Annual administration report of the Civil Veterinary Department of India - 1909-1910
Year: 1909
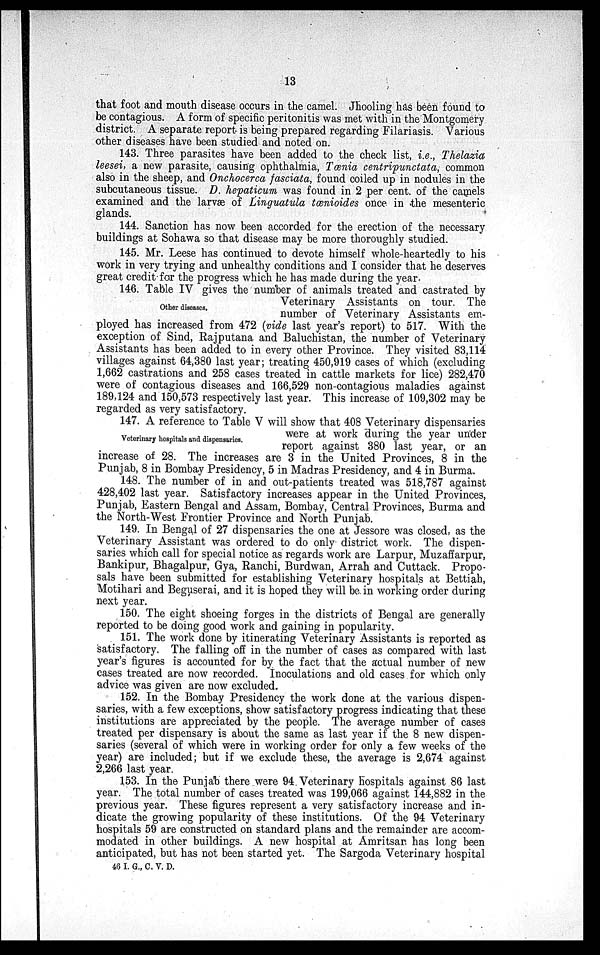
13
that foot and mouth disease occurs in the camel. Jhooling has been found to
be contagious. A form of specific peritonitis was met with in the Montgomery
district. A separate report is being prepared regarding Filariasis. Various
other diseases have been studied and noted on.
143. Three parasites have been added to the check list, i.e., Thelazia
leesei, a new parasite, causing ophthalmia, Tœnia centripunctata, common
also in the sheep, and Onchocerca fasciata, found coiled up in nodules in the
subcutaneous tissue. D. hepaticum was found in 2 per cent. of the camels
examined and the larvæ of Linguatula tœnioides once in the mesenteric
glands.
144. Sanction has now been accorded for the erection of the necessary
buildings at Sohawa so that disease may be more thoroughly studied.
145. Mr. Leese has continued to devote himself whole-heartedly to his
work in very trying and unhealthy conditions and I consider that he deserves
great credit for the progress which he has made during the year.
146. Table IV gives the number of animals treated and castrated by
Veterinary Assistants on tour. The
number of Veterinary Assistants em-
ployed has increased from 472 (vide last year's report) to 517. With the
exception of Sind, Rajputana and Baluchistan, the number of Veterinary
Assistants has been added to in every other Province. They visited 83,114
villages against 64,380 last year; treating 450,919 cases of which (excluding
1,662 castrations and 258 cases treated in cattle markets for lice) 282,470
were of contagious diseases and 166,529 non-contagious maladies against
189,124 and 150,573 respectively last year. This increase of 109,302 may be
regarded as very satisfactory.
Other diseases.
147. A reference to Table V will show that 408 Veterinary dispensaries
were at work during the year under
report against 380 last year, or an
increase of 28. The increases are 3 in the United Provinces, 8 in the
Punjab, 8 in Bombay Presidency, 5 in Madras Presidency, and 4 in Burma.
148. The number of in and out-patients treated was 518,787 against
428,402 last year. Satisfactory increases appear in the United Provinces,
Punjab, Eastern Bengal and Assam, Bombay, Central Provinces, Burma and
the North-West Frontier Province and North Punjab.
Veterinary hospitals and dispensaries.
149. In Bengal of 27 dispensaries the one at Jessore was closed, as the
Veterinary Assistant was ordered to do only district work. The dispen-
saries which call for special notice as regards work are Larpur, Muzaffarpur,
Bankipur, Bhagalpur, Gya, Ranchi, Burdwan, Arrah and Cuttack. Propo-
sals have been submitted for establishing Veterinary hospitals at Bettiah,
Motihari and Beguserai, and it is hoped they will be in working order during
next year.
150. The eight shoeing forges in the districts of Bengal are generally
reported to be doing good work and gaining in popularity.
151. The work done by itinerating Veterinary Assistants is reported as
satisfactory. The falling off in the number of cases as compared with last
year's figures is accounted for by the fact that the actual number of new
cases treated are now recorded. Inoculations and old cases for which only
advice was given are now excluded.
152. In the Bombay Presidency the work done at the various dispen-
saries, with a few exceptions, show satisfactory progress indicating that these
institutions are appreciated by the people. The average number of cases
treated per dispensary is about the same as last year if the 8 new dispen-
saries (several of which were in working order for only a few weeks of the
year) are included; but if we exclude these, the average is 2,674 against
2,266 last year.
153. In the Punjab there were 94 Veterinary hospitals against 86 last
year. The total number of cases treated was 199,066 against 144,882 in the
previous year. These figures represent a very satisfactory increase and in-
dicate the growing popularity of these institutions. Of the 94 Veterinary
hospitals 59 are constructed on standard plans and the remainder are accom-
modated in other buildings. A new hospital at Amritsar has long been
anticipated, but has not been started yet. The Sargoda Veterinary hospital
46 I. G., C. V. D.